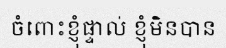
ចំពោះខ្ញុំផ្ទាល់ ខ្ញុំមិនបាន